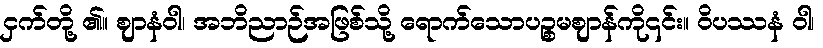
ငှက်တို့ ၏။ ဈာနံဝါ၊ အဘိညာဉ်အဖြစ်သို့ ရောက်သောပဉ္စမဈာန်ကို၎င်း။ ဝိပဿနံ ဝါ၊